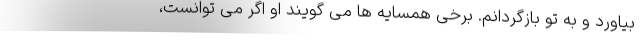
بیاورد و به تو بازگردانم. برخی همسایه ها می گویند او اگر می توانست،